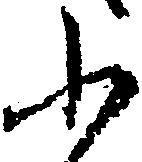
ふ